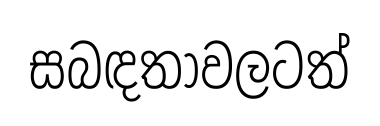
සබඳතාවලටත්